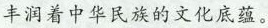
丰润着中华民族的文化底蕴。